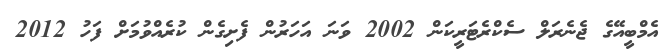
އެމްބީއޭގެ ޖެނެރަލް ސެކްރެޓަރީކަން 2002 ވަނަ އަހަރުން ފެށިގެން ކުރެއްވުމަށް ފަހު 2012